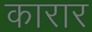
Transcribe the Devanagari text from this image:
कारार